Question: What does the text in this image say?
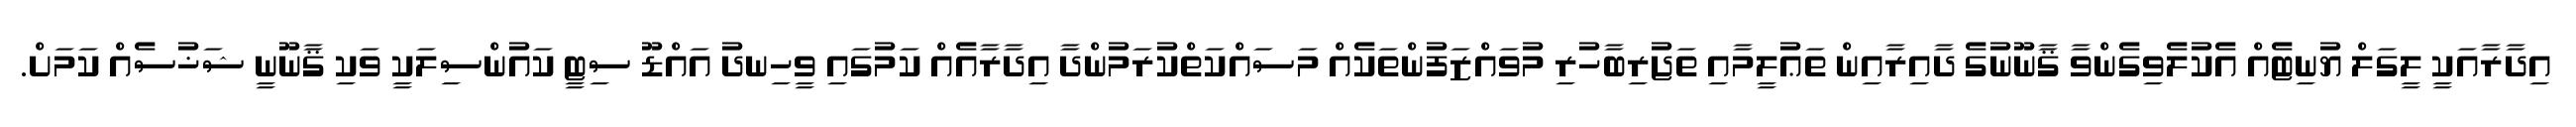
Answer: އިދާރާއަކީ ލީގަލް ޔުނިޓެއް އެކުލެވިގެންވާ ޤާނޫނުގެ ދާއިރާއިން ތަޢުލީމާއި ތަޖުރިބާހުރި މުވައްޒަފުންތަކެއް މަސައްކަތްކުރަމުންދާ އިދާރާއެއް ކަމުގައި ވީހިނދު އައްޑޫ ސިޓީ ކައުންސިލަކީ ވަކި ޤާނޫނީ ޝަޚުސެއް ކަމަށް.